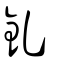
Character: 釓